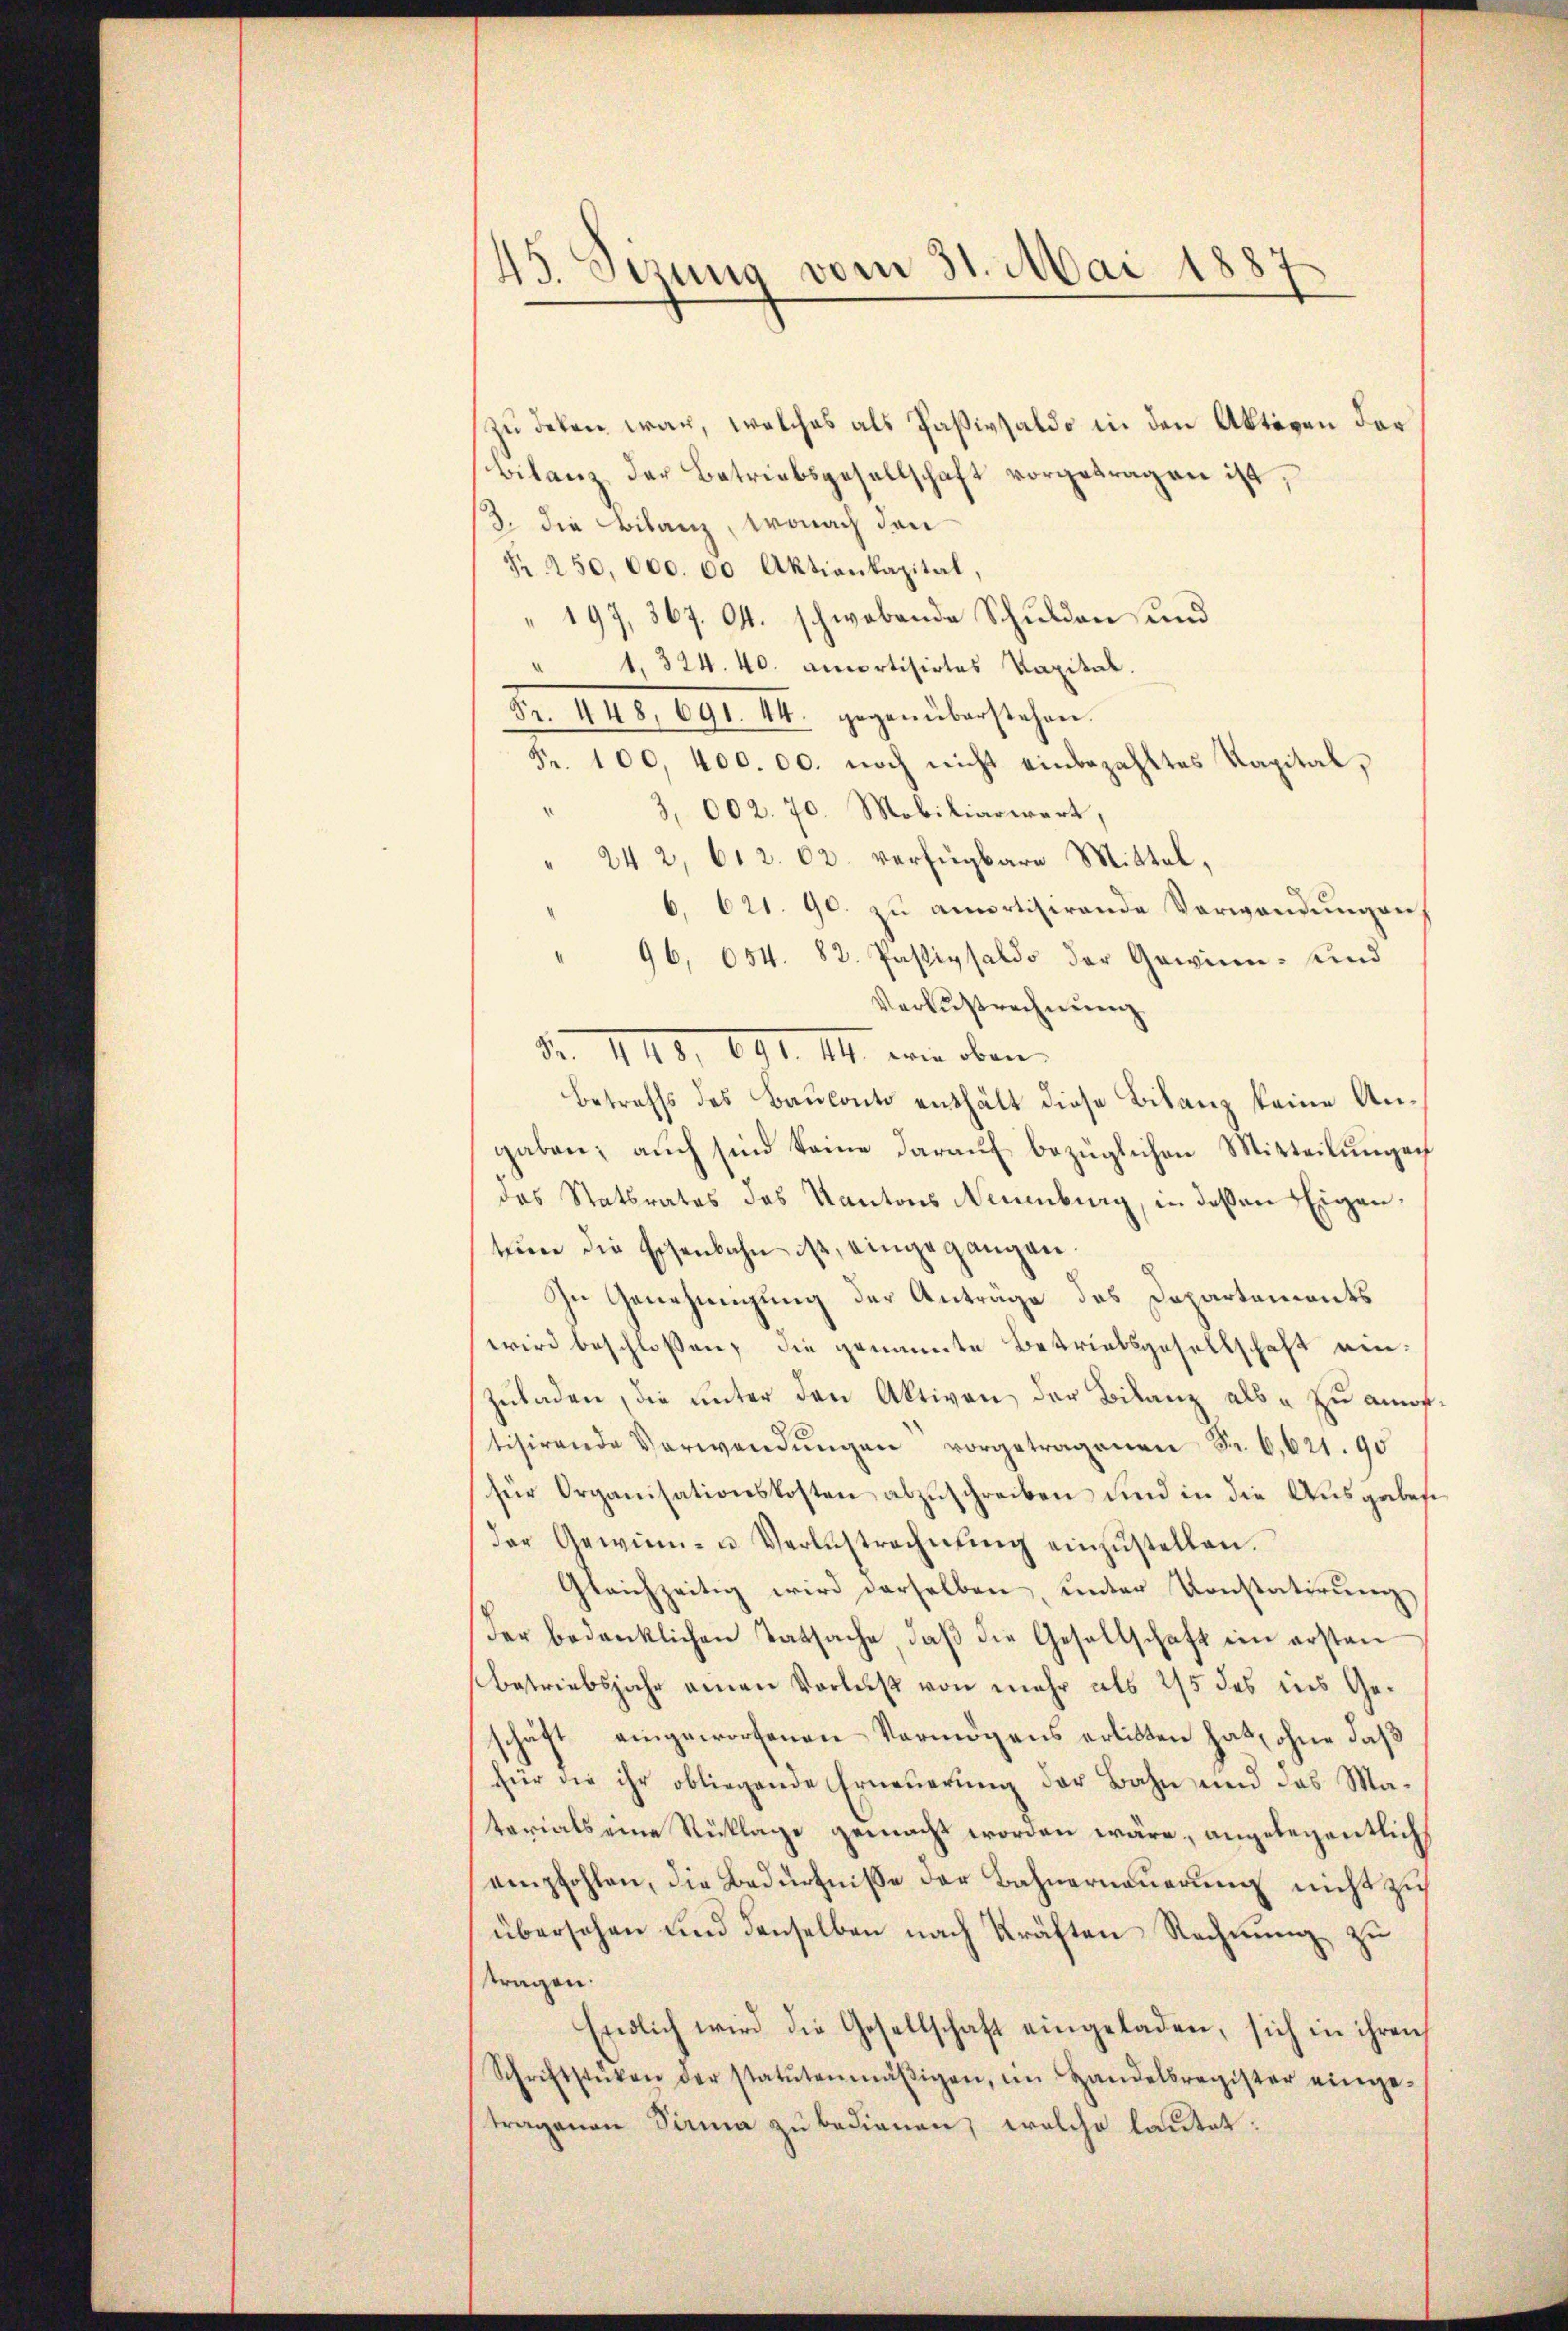
s
43. Sezung vom 31. Mai 18.

zu deken war, welches als Paßivsaldo in den Aktiven der
Bilanz der Betriebsgesellschaft vorgetragen ist,
3. die Bilanz, wonach den
R 250,000. 60 Aktienkapital,
197, 367. 64. schwebende Schulden und
1, 324. 40. amortisirtes Kapital.
Fr. 448, 691. 44. gegenüberstehen.
Fr. 100, 400. 00. noch nicht einbezahltes Kapital,
" 3, 002. 70. Mobiliarwert,
" 242, 612. 02. verfügbare Mittel,
6. 621. 90. zu amortisirende Verwendungen
96, 654. 82. Passivsaldo der Gewinn- und
Verlustrechnung.
Fr. 1149. 191. III. wie oben.
Betreffs des Baŭkonto enthält diese Bilanz keine Angaben; auch sind keine darauf bezüglichen Mitteilungen
das Statsrates des Kantons Neuenburg, in deßen Eigenteine die Eisenbahn ist, eingegangen.
In Genehmigung der Anträge des Departements
wird beschlossen, die genannte Betriebsgesellschaft einzuladen, die unter den Aktiven der Bilanz als " zu amortisirende Verwendŭngen vorgetragenen Fr. 6,621. 90
für Organisationskosten abzuschreiben und in die Ausgabes
der Gewinn- u Verlustrechnŭng einzŭstellen.
Gleichzeitig wird derselben, unter Konstatirŭng
der bedenklichen Tatsache, daß die Gesellschaft im ersten
Betriebsjahr einen Verlust von mehr als 2/5 des ins Geschäft eingeworfenen Vermögens erlitten hat, ohne daß
für die ihr obliegende Erneuerung der Bahn und das Matarials eine Rüklage gemacht worden wäre, angelegentlich
empfohlen, die Bedürfnisse der Bahnerneuerung nicht zu
übersehen und denselben nach Kräften Rechnung zu
ttragen.
Endlich wird die Gesellschaft eingeladen, sich in ihren
Schriftstüken der statutenmäβigen, im Handelsregister einge-
tragenen Sirna zu bedienen, welche lautet: